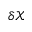
\delta \mathcal { X }